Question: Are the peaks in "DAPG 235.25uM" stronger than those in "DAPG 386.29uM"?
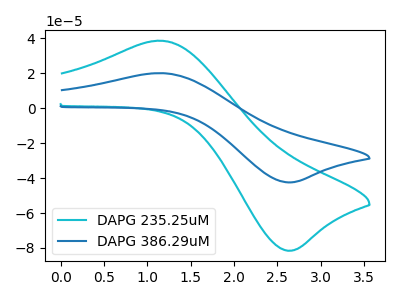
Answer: <think>The cyan curve "DAPG 235.25uM" has an anodic peak at (1.15V, 38.70uA) and a cathodic peak at (2.60V, -81.50uA). The blue curve "DAPG 386.29uM" has an anodic peak at (1.15V, 20.15uA) and a cathodic peak at (2.60V, -42.40uA).</think>
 <answer>Every peak in "DAPG 235.25uM" is higher than every peak in "DAPG 386.29uM".</answer>
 <eval>higher</eval>